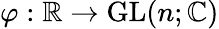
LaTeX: \varphi:\mathbb{R}\rightarrow\mathrm{GL}(n;\mathbb{C})